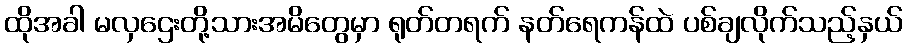
ထိုအခါ မလှဌေးတို့သားအမိတွေမှာ ရုတ်တရက် နတ်ရေကန်ထဲ ပစ်ချလိုက်သည့်နှယ်